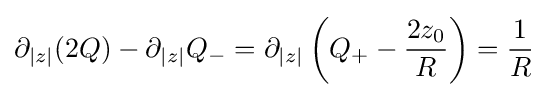
\partial _{|z|}(2Q)-\partial _{|z|}Q_{-}=\partial _{|z|}\left(Q_{+}-{\frac {2z_{0}}{R}}\right)={1 \over R}